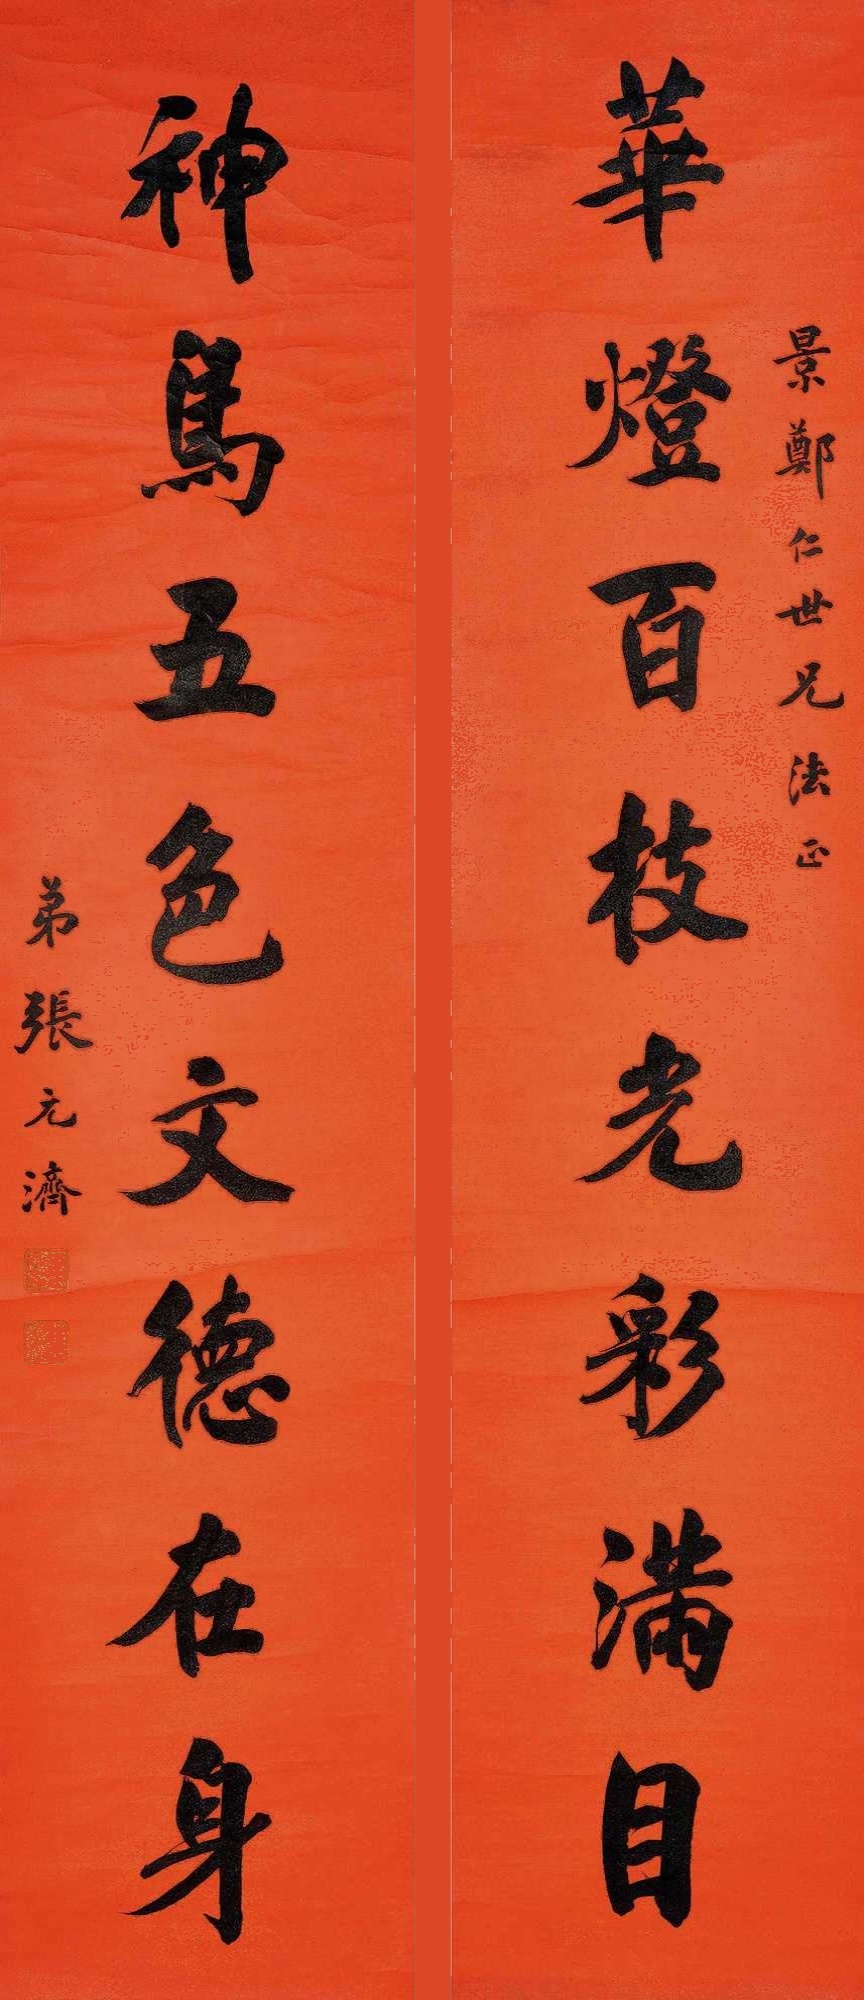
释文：华灯百枝光彩满目，神鸟五色文德在身。景郑仁世兄法正，弟张元济。